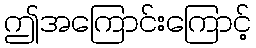
ဤအကြောင်းကြောင့်